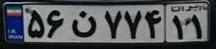
۵۶ن۷۷۴۱۱